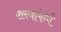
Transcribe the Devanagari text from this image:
क्लबांमध्ये